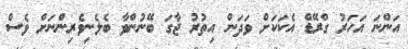
އަންނަ އަހަރު ގްރޭޑް އެކަކަށް ވަދަން އިތުރު ޖާގަ ބޭނުންވާ ބެލެނިވެރިންނަށް ވެސް